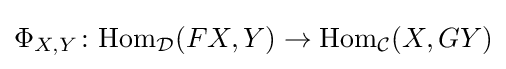
\Phi _{X,Y}\colon \mathrm {Hom} _{\mathcal {D}}(FX,Y)\to \mathrm {Hom} _{\mathcal {C}}(X,GY)